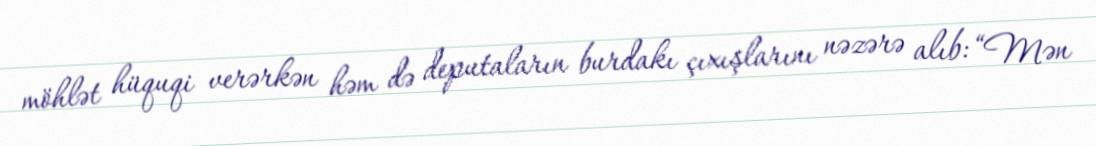
möhlət hüquqi verərkən həm də deputaların burdakı çıxışlarını nəzərə alıb: “Mən